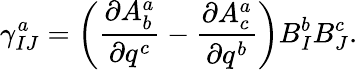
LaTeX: \gamma_{IJ}^{a}=\left(\frac{\partial A_{b}^{a}}{\partial q^{c}}-\frac{\partial A_{c}^{a}}{\partial q^{b}}\right)B_{I}^{b}B_{J}^{c}.